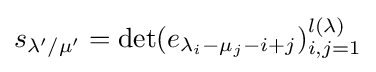
s_{\lambda '/\mu '}=\det(e_{\lambda _{i}-\mu _{j}-i+j})_{i,j=1}^{l(\lambda )}